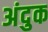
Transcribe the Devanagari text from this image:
अंदुक